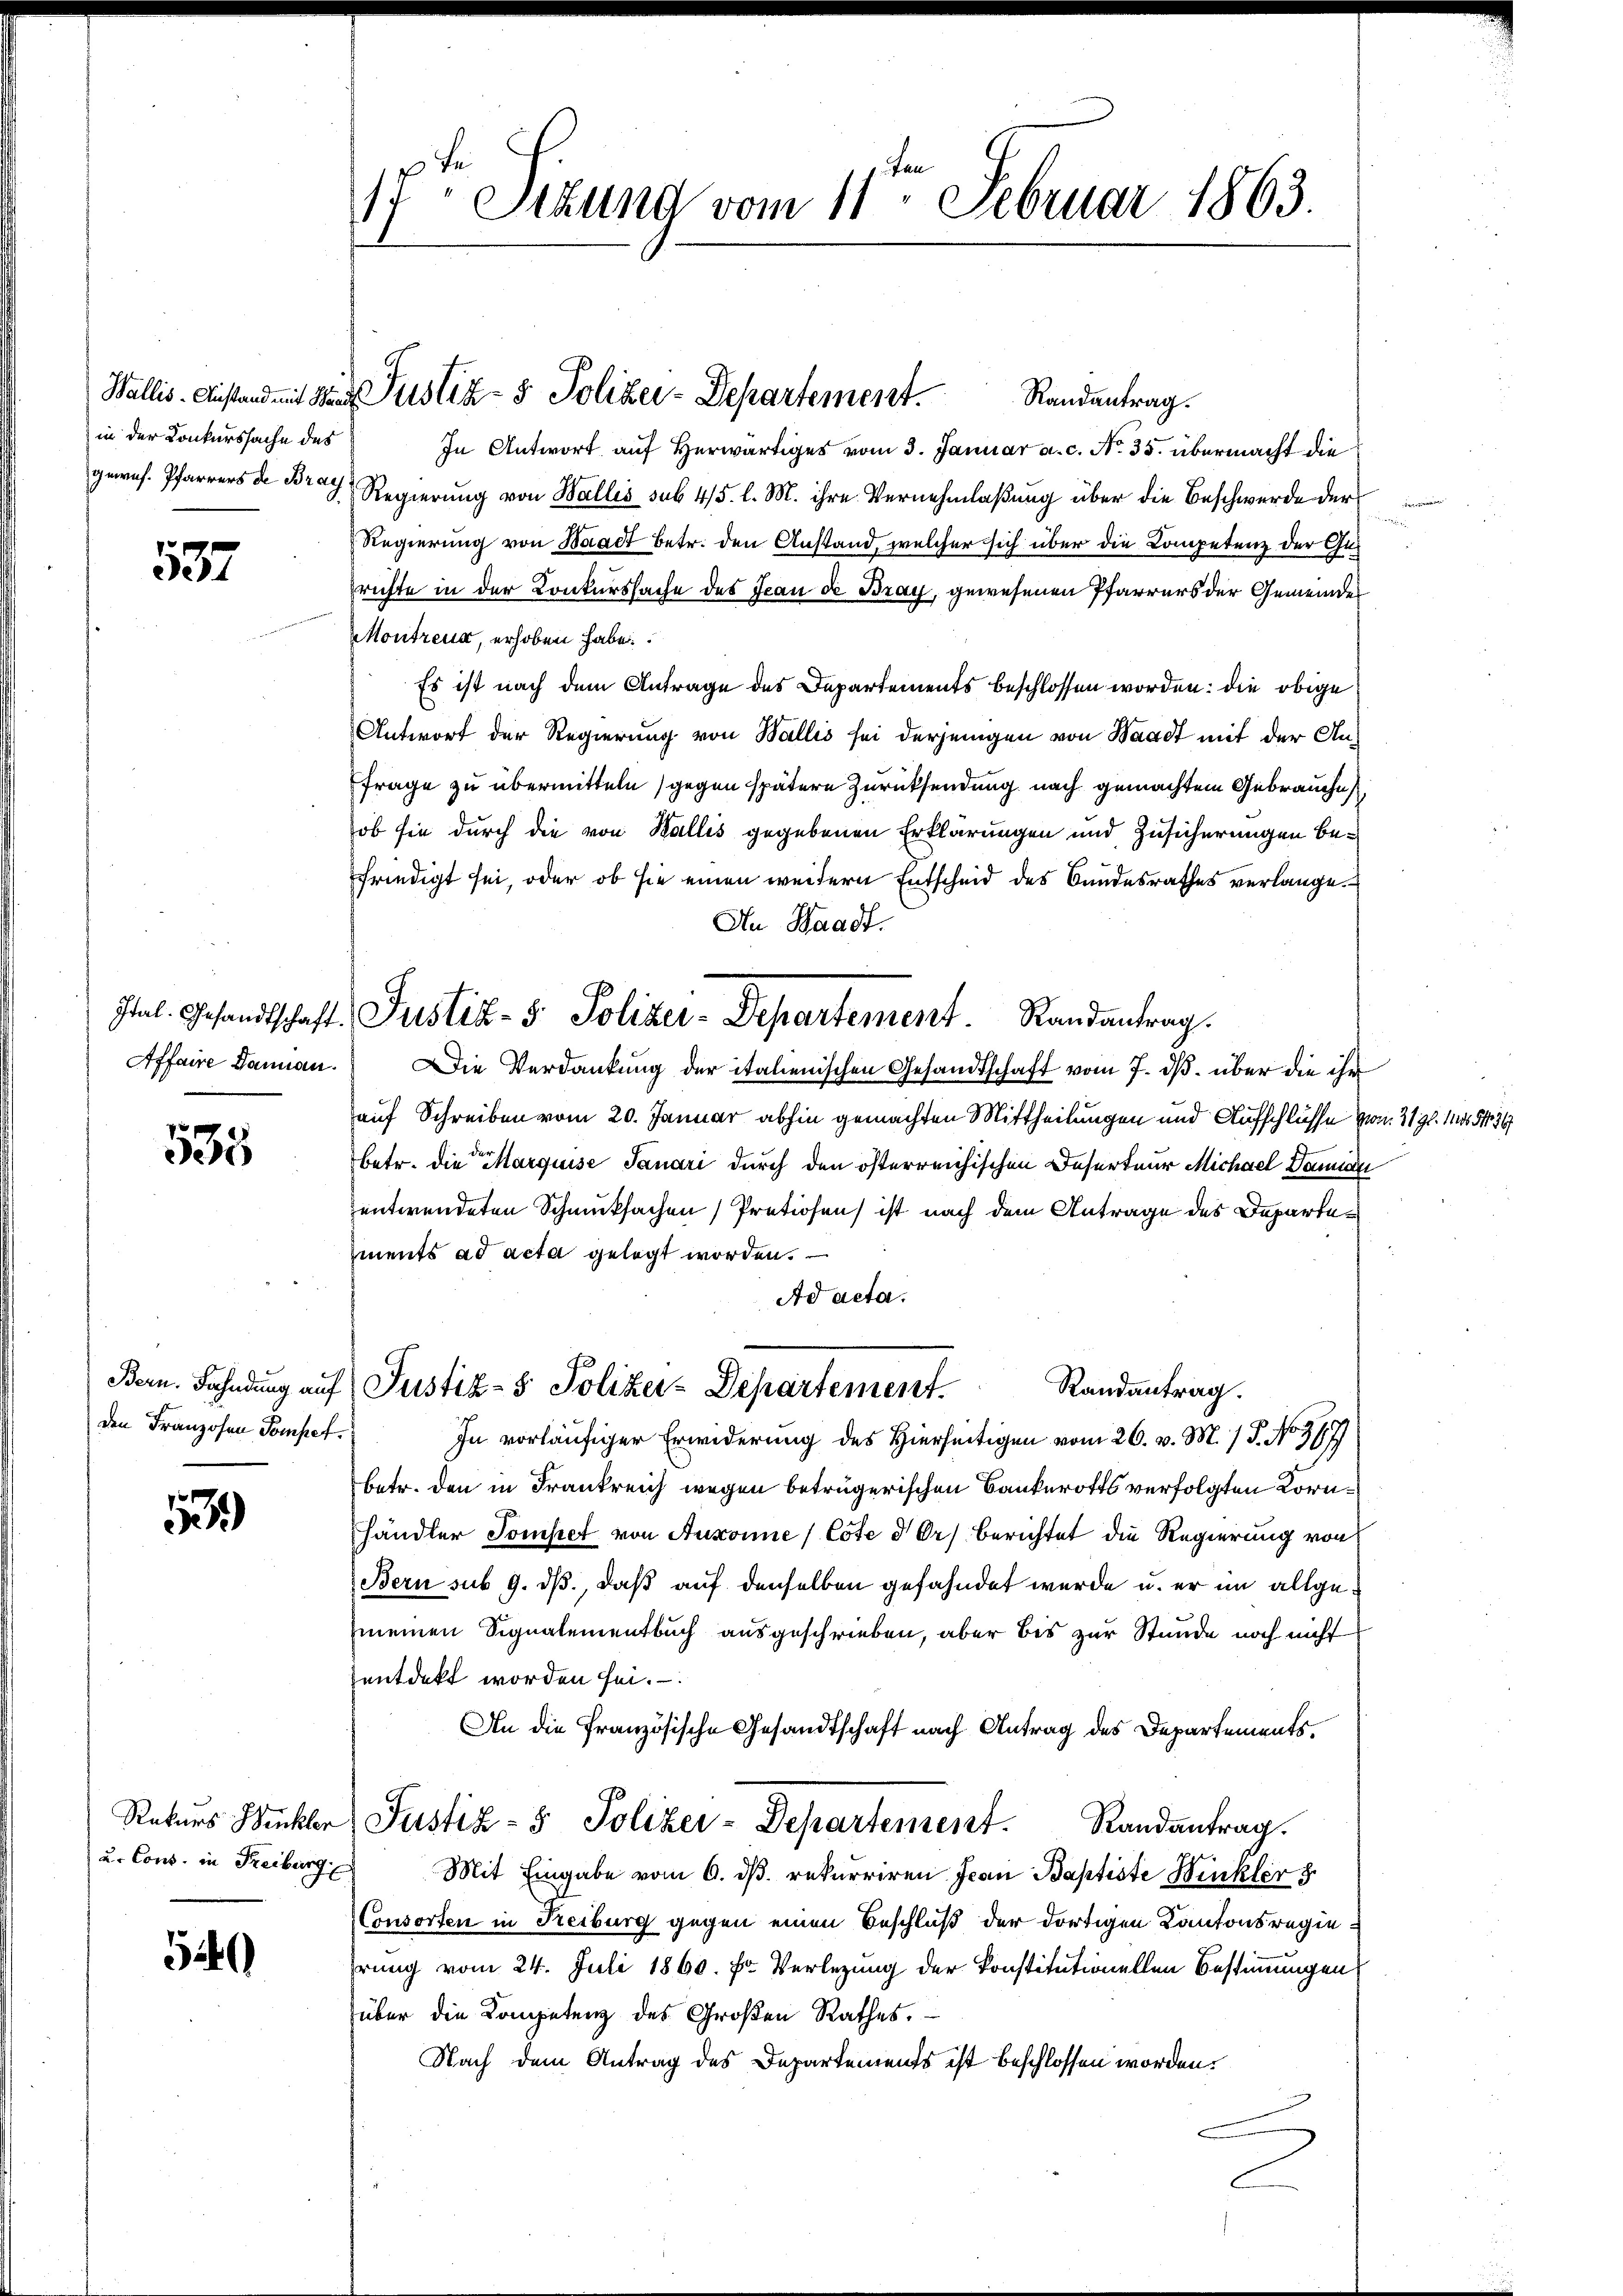
in der Konkurssache des

537

Affaire Dannau.

535

den Franzosen Pompet

59

u. Cons. in Freiburg

540

17. Sekund vom 11. Februar 1863.

Wallis. Anstand mit Wand Pustiz- & Polizei-Departement. Randantrag.

In Antwort auf Herwärtiges vom 3. Januar a. c. No. 35. übermacht die
geres. Pfarrers de Brod Regierung von Wallis sub 4/5. l. M. ihre Vernehmlaßung über die Beschwerde der
Regierung von Waadt betr. den Anstand, welcher sich über die Competenz der Gerichte in der Konkurssache des Jean de Bray, gewesenen Pfarrers der Gemeinder
Montreux, erhoben habe
Es ist nach dem Antrage des Departements beschlossen worden: die obige
Antwort der Regierung von Wallis sei derjenigen von Waadt mit der An¬
Frage zu übermitteln gegen spätere Zurücksendung nach gemachtem Gebrauches
ob sie durch die von Wallis gegebenen Erklärungen und Zusicherungen befriedigt sei, oder ob sie einen weitern Entscheid des Bundesrathes verlange.
An Waadt.
Die Verdankung der italienischen Gesandtschaft vom 7. ds. über die ihr
auf Schreiben vom 20. Januar abhin gemachten Mittheilungen und Aufschlüsse zu
betr. die Marquise Sanari durch den österreichischen Deserteur Michael Danar
entwendeten Schmucksachen Pretiosen ist nach dem Antrage des Departements ad acta gelegt worden.
Ad acta.
Bern. Fahndung auf Justiz- & Polizei-Departement.
Randantrag.
In vorläufiger Erwiderung des Hierseitigen vom 26. v. M. / P. No. 367
betr. den in Frankreich wegen betrügerischen Bankerotts verfolgten Kornhändler Pompet von Auxonne (Cote der berichtet die Regierung von
Bern sub 9. ds., daß auf denselben gefahndet wurde u. er im allgemeinen Signalementbuch ausgeschrieben, aber bis zur Stunde noch nicht
entdeckt worden sei.
An die Französische Gesandtschaft nach Antrag des Departements.
Rekurs Winkler Justiz- & Polizei-Departement. Randantrag.
Mit Eingabe vom 6. ds. rekurriren Jean Baptiste Winkler 3.
Consorten in Freiburg gegen einen Beschluß der dortigen Kantonsregiehrung vom 24. Juli 1860. Fr. Verlegung der Konstitutionellen Bestimmungen
über die Kompetenz des Großen Rathes.
Nach dem Antrag des Departements ist beschlossen worden.

Jtal. Gesandtschaft Justiz- & Polizei-Departement. Randantrag.

1798. 1110. 1917.